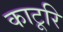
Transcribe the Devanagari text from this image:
काटूरि